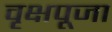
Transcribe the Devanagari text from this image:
वृक्षपूजा